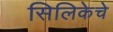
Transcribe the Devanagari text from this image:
सिलिकेचे